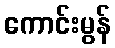
ကောင်းမွန်